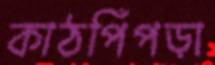
কাঠপিঁপড়া